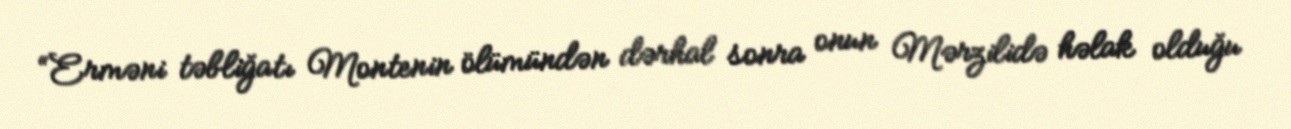
“Erməni təbliğatı Montenin ölümündən dərhal sonra onun Mərzilidə həlak olduğu